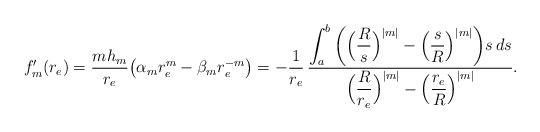
LaTeX: \begin{align*}f'_m(r_e)=\dfrac{m h_m}{r_e}\big( \alpha_m r_e^m-\beta_m r_e^{-m}\big)=-\dfrac{1}{r_e}\,\dfrac{\displaystyle\int_a^b \bigg(\Big( \dfrac{R}{s}\Big)^{|m|}-\Big( \dfrac{s}{R}\Big)^{|m|}\bigg) s\,ds}{\Big( \dfrac{R}{r_e}\Big)^{|m|}-\Big( \dfrac{r_e}{R}\Big)^{|m|}}.\end{align*}